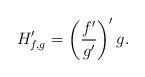
LaTeX: \begin{align*}H_{f,g}^{\prime }=\left( \frac{f^{\prime }}{g^{\prime }}\right) ^{\prime }g.\end{align*}